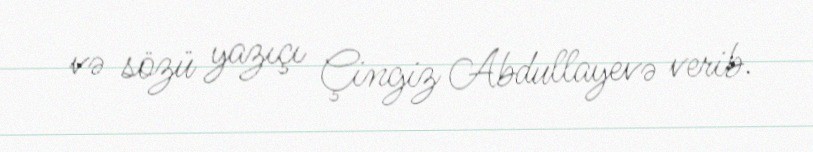
və sözü yazıçı Çingiz Abdullayevə verib.